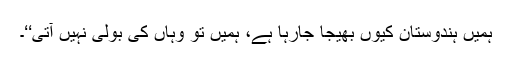
ہمیں ہندوستان کیوں بھیجا جارہا ہے، ہمیں تو وہاں کی بولی نہیں آتی‘‘۔